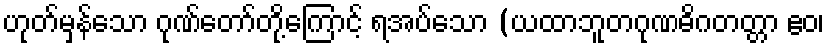
ဟုတ်မှန်သော ဂုဏ်တော်တို့ကြောင့် ရအပ်သော (ယထာဘူတဂုဏဓိဂတတ္တာ ဧဝ၊